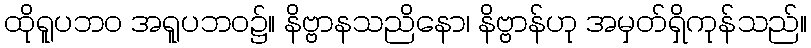
ထိုရူပဘဝ အရူပဘဝ၌။ နိဗ္ဗာနသညိနော၊ နိဗ္ဗာန်ဟု အမှတ်ရှိကုန်သည်။